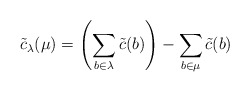
\begin{align*}\tilde{c}_\lambda(\mu)=\left(\sum_{b\in\lambda}\tilde{c}(b)\right)-\sum_{b\in\mu}\tilde{c}(b)\end{align*}